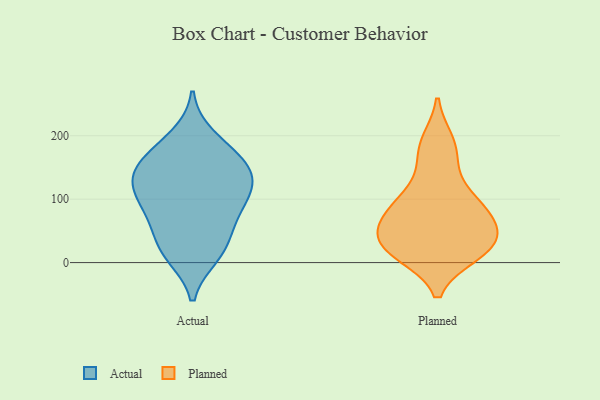
{"axis": {"x": "Tickets Resolved", "y": "Value"}, "legend": ["Actual", "Planned"], "data": [{"x": "", "y": 63, "type": "Actual"}, {"x": "", "y": 84, "type": "Actual"}, {"x": "", "y": 22, "type": "Actual"}, {"x": "", "y": 71, "type": "Actual"}, {"x": "", "y": 154, "type": "Actual"}, {"x": "", "y": 198, "type": "Actual"}, {"x": "", "y": 163, "type": "Actual"}, {"x": "", "y": 113, "type": "Actual"}, {"x": "", "y": 116, "type": "Actual"}, {"x": "", "y": 130, "type": "Actual"}, {"x": "", "y": 21, "type": "Actual"}, {"x": "", "y": 115, "type": "Actual"}, {"x": "", "y": 144, "type": "Actual"}, {"x": "", "y": 12, "type": "Actual"}, {"x": "", "y": 172, "type": "Actual"}, {"x": "", "y": 76, "type": "Planned"}, {"x": "", "y": 18, "type": "Planned"}, {"x": "", "y": 72, "type": "Planned"}, {"x": "", "y": 14, "type": "Planned"}, {"x": "", "y": 183, "type": "Planned"}, {"x": "", "y": 107, "type": "Planned"}, {"x": "", "y": 64, "type": "Planned"}, {"x": "", "y": 18, "type": "Planned"}, {"x": "", "y": 40, "type": "Planned"}, {"x": "", "y": 22, "type": "Planned"}, {"x": "", "y": 94, "type": "Planned"}, {"x": "", "y": 26, "type": "Planned"}, {"x": "", "y": 159, "type": "Planned"}, {"x": "", "y": 60, "type": "Planned"}, {"x": "", "y": 103, "type": "Planned"}, {"x": "", "y": 38, "type": "Planned"}, {"x": "", "y": 190, "type": "Planned"}]}